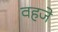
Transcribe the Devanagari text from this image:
वहजे